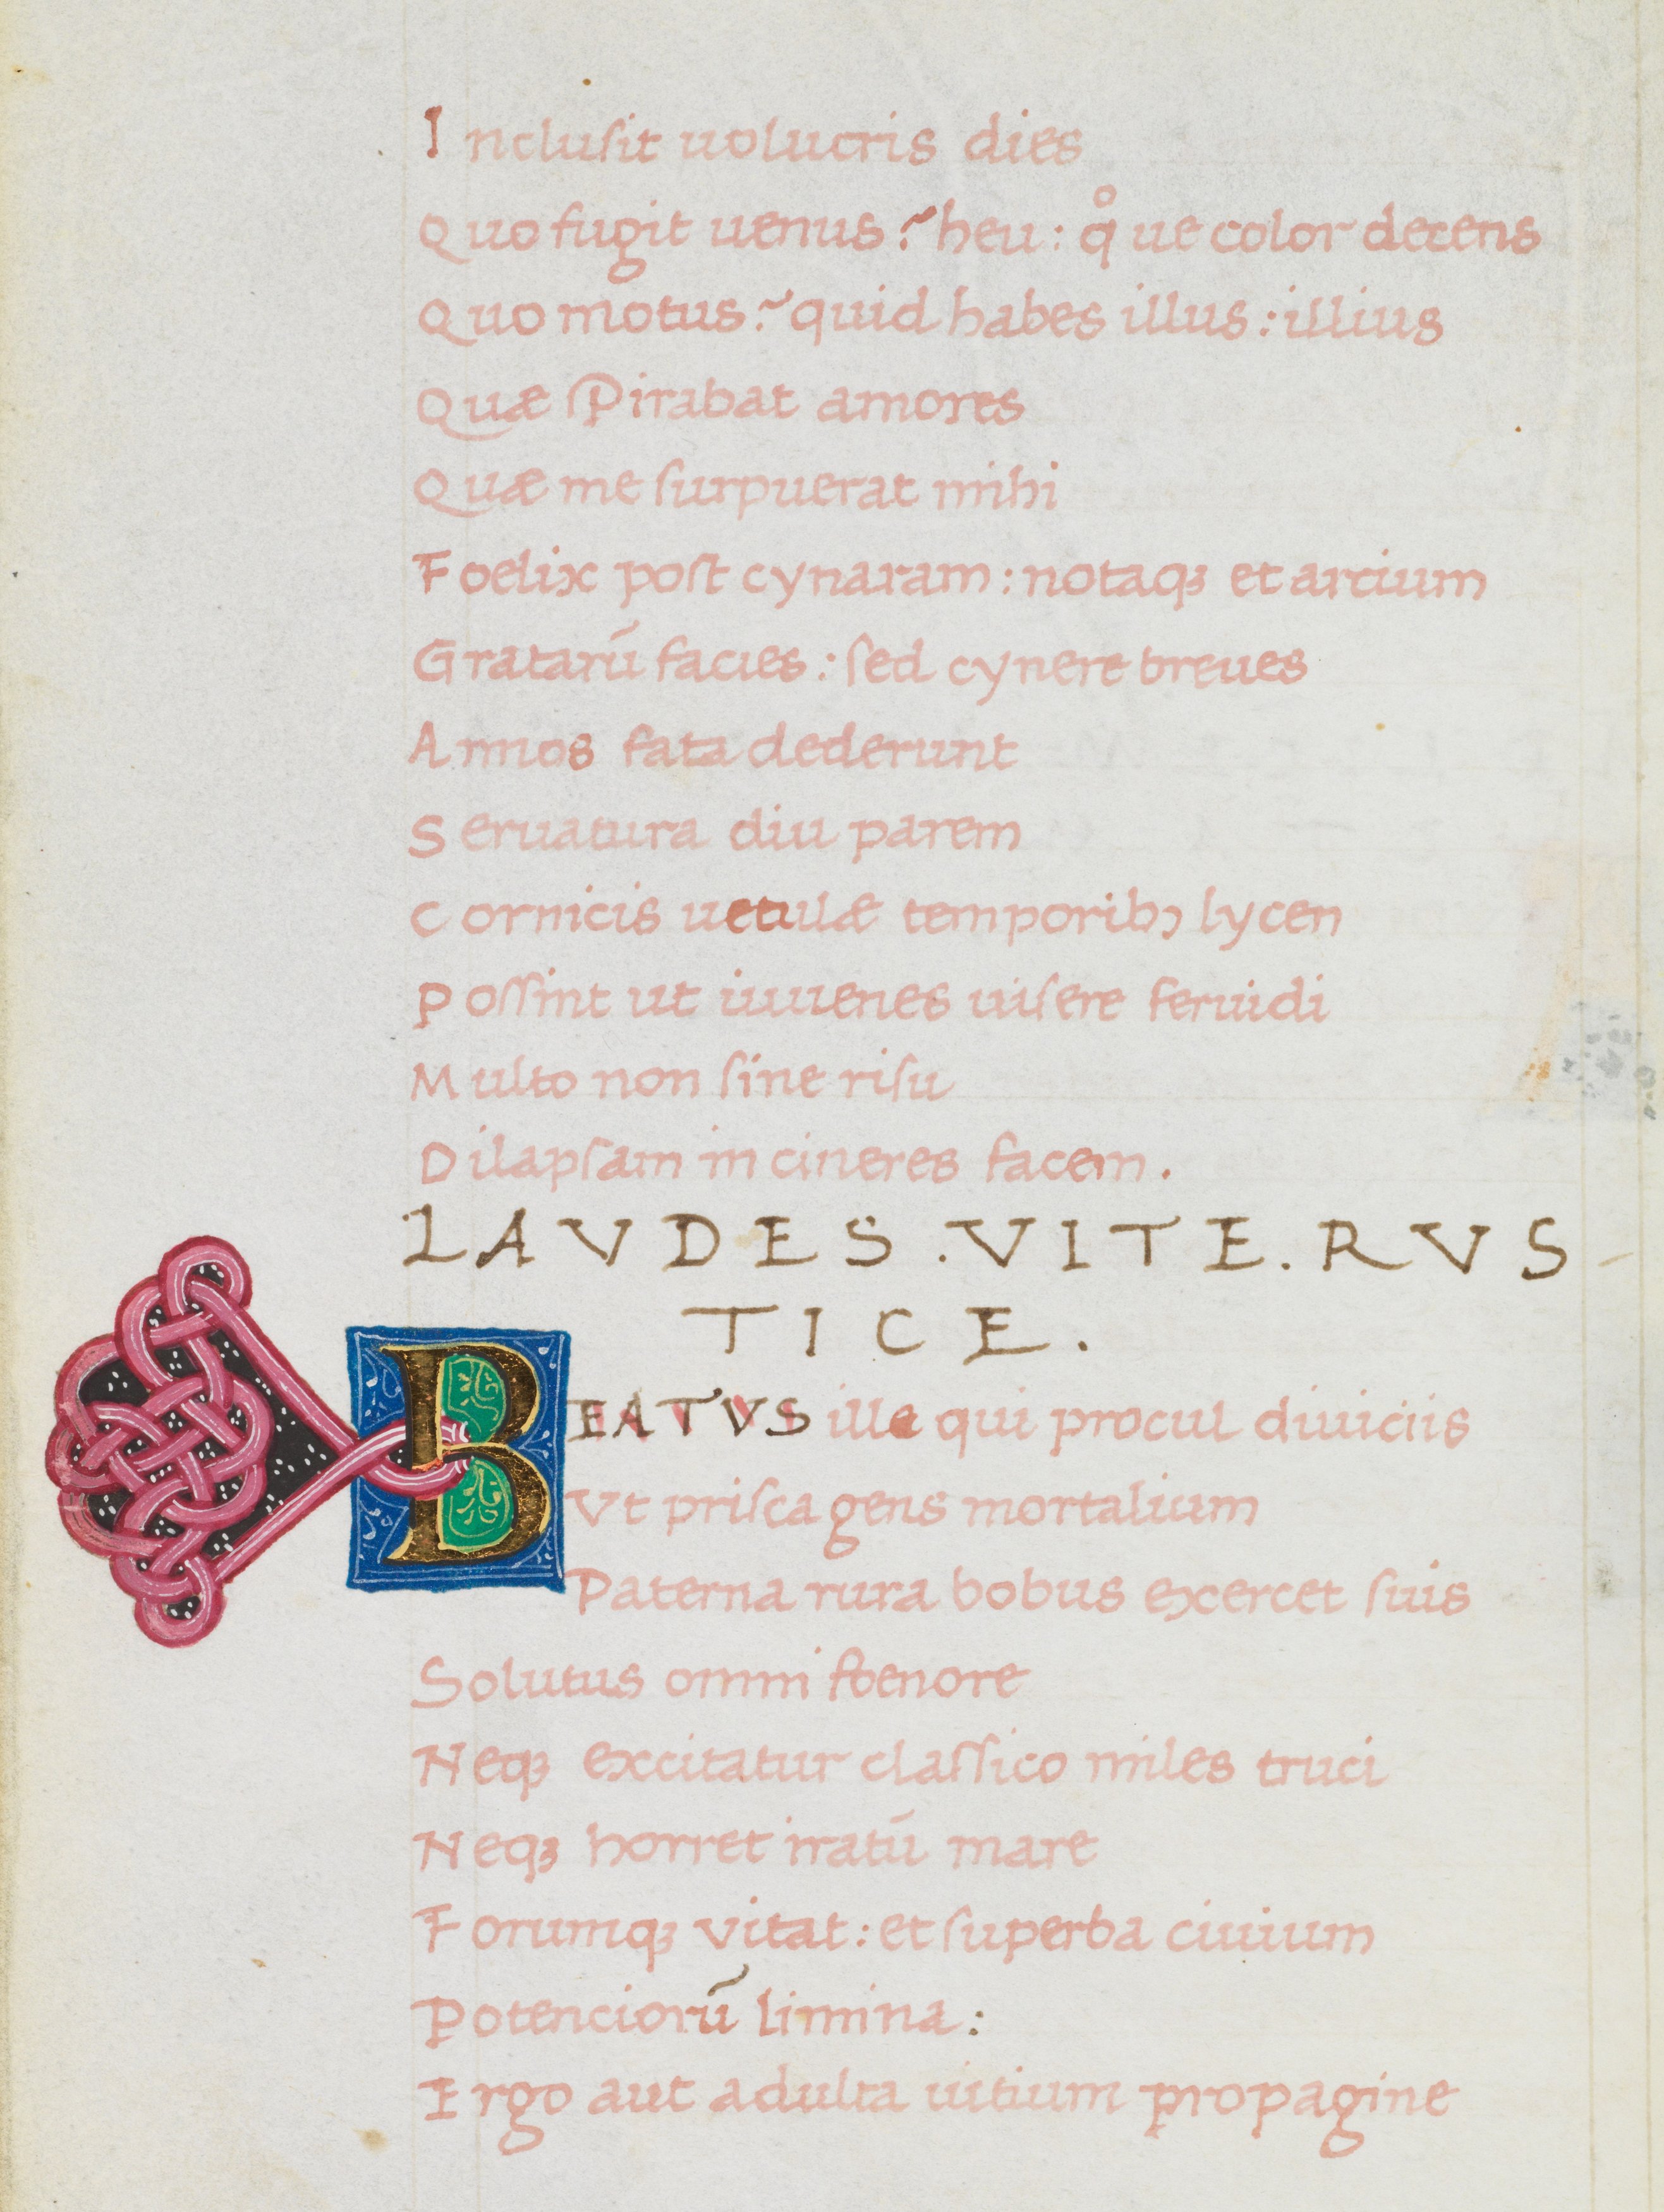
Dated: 1475–1499